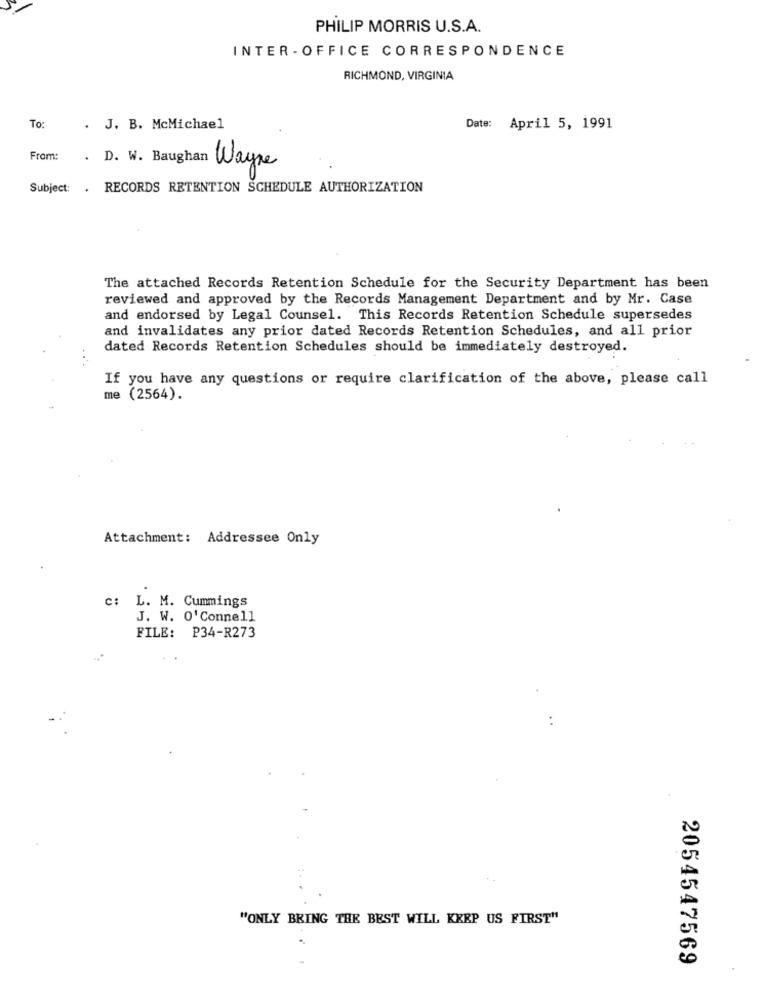
PHILIP MORRIS U.S.A.
INTER - OFFICE CORRESPONDENCE
RICHMOND, VIRGINIA
To:
. J. B. McMichael
Date: April 5, 1991
From:
. D. W. Baughan Wayne
Subject: . RECORDS RETENTION SCHEDULE AUTHORIZATION
The attached Records Retention Schedule for the Security Department has been
reviewed and approved by the Records Management Department and by Mr. Case
and endorsed by Legal Counsel. This Records Retention Schedule supersedes
and invalidates any prior dated Records Retention Schedules, and all prior
dated Records Retention Schedules should be immediately destroyed.
If you have any questions or require clarification of the above, please call
me (2564).
Attachment: Addressee Only
c: L. M. Cummings
J. W. O'Connell
FILE: P34-R273
"ONLY BRING THE BEST WILL KEEP US FIRST"
2054547569